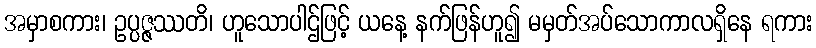
အမှာစကား၊ ဥပ္ပဇ္ဇဿတိ၊ ဟူသောပါဌ်ဖြင့် ယနေ့ နက်ဖြန်ဟူ၍ မမှတ်အပ်သောကာလရှိနေ ရကား